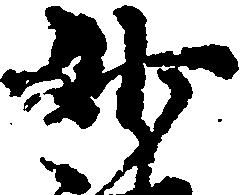
妙